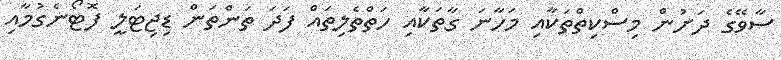
ސާވޭގެ ދަށުން މިސްކިތްތަކާއި މަހާނަ ގާތަކާއި ހަތްތެލިތައް ފަދަ ތަންތަން ޑިޖިޓަލީ ފޮޓޯނެގުމާއި